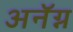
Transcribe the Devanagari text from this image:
अनॅग्न